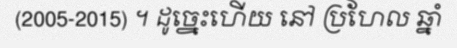
(2005-2015) ។ ដូច្នេះហើយ នៅ ប្រហែល ឆ្នាំ